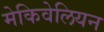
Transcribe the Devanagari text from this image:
मेकिवेलियन